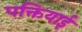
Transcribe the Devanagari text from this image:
पक्तियाई